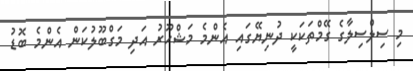
މި ސިލްސިލާގެ ގޭމްތަކަކީ ދުނިޔޭގައި އެންމެ މަޝްހޫރު އަދި މަގްބޫލުކަން އެންމެ ބޮޑު